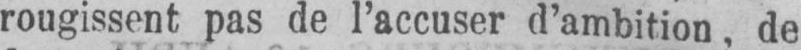
rougissent pas de l’accuser d’ambition, de